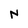
Character: N